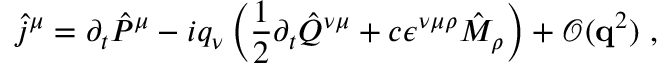
\hat { j } ^ { \mu } = \partial _ { t } \hat { P } ^ { \mu } - i q _ { \nu } \left( \frac { 1 } { 2 } \partial _ { t } \hat { Q } ^ { \nu \mu } + c \epsilon ^ { \nu \mu \rho } \hat { M } _ { \rho } \right) + \mathcal { O } ( \mathbf { q } ^ { 2 } ) \mathrm { ~ , ~ }